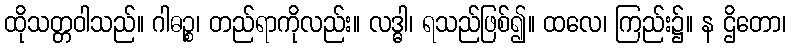
ထိုသတ္တဝါသည်။ ဂါဓဉ္စ၊ တည်ရာကိုလည်း။ လဒ္ဓါ၊ ရသည်ဖြစ်၍။ ထလေ၊ ကြည်း၌။ န ဌိတော၊